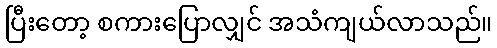
ပြီးတော့ စကားပြောလျှင် အသံကျယ်လာသည်။